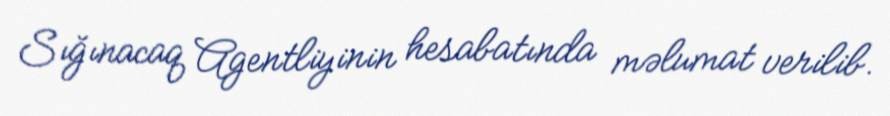
Sığınacaq Agentliyinin hesabatında məlumat verilib.